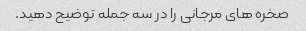
صخره های مرجانی را در سه جمله توضیح دهید.